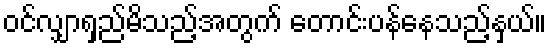
ဝင်လျှာရှည်မိသည့်အတွက် တောင်းပန်နေသည့်နှယ်။